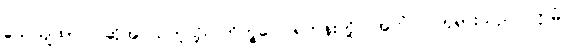
သေယျထာပိ၊ ဆိုအပ်သကဲ့သို့။ ဘိက္ခဝေ၊ ရဟန်းတို့။ အဟံ၊ ငါဘုရားသည်။ ဣမံ